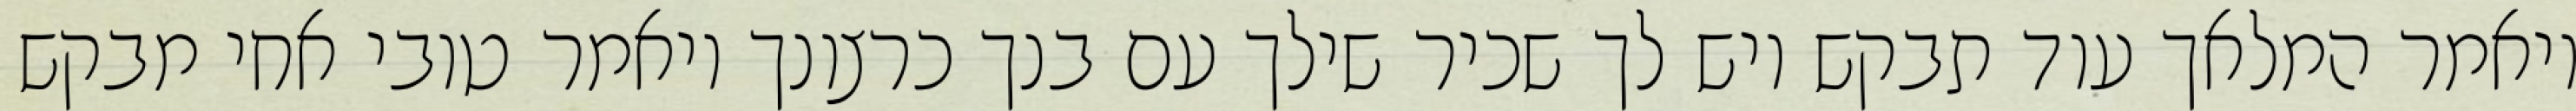
ויאמר המלאך עוד תבקש ויש לך שכיר שילך עם בנך כרצונך ויאמר טובי אחי מבקש